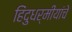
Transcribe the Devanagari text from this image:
हिंदुधर्मीयांचे